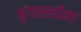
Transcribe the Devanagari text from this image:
श्रृंगारलीला